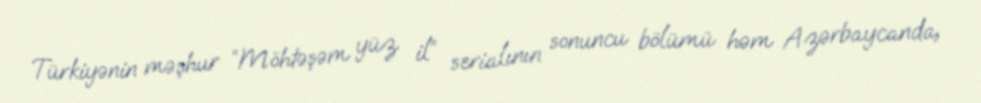
Türkiyənin məşhur “Möhtəşəm yüz il” serialının sonuncu bölümü həm Azərbaycanda,